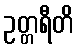
ဥတ္တရီတိ